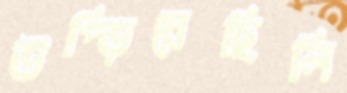
উপ্‌ড়িয়েছিলি